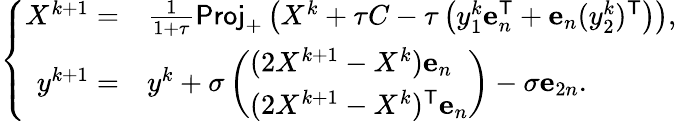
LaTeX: \left\{ \begin{array}{rl}{X^{k+1}=}&{\frac{1}{1+\tau}\mathsf{Proj}_{+}\left(X^{k}+\tau C-\tau\left(y_{1}^{k}\mathbf{e}_{n}^{\mathsf{T}}+\mathbf{e}_{n}(y_{2}^{k})^{\mathsf{T}}\right)\right),}\\ {y^{k+1}=}&{y^{k}+\sigma\left(\begin{array}{l}{(2X^{k+1}-X^{k})\mathbf{e}_{n}}\\ {(2X^{k+1}-X^{k})^{\mathsf{T}}\mathbf{e}_{n}}\end{array}\right)-\sigma\mathbf{e}_{2n}.}\end{array}\right.